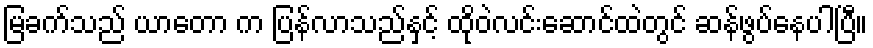
မြခက်သည် ယာတော က ပြန်လာသည်နှင့် ထိုဝဲလင်းဆောင်ထဲတွင် ဆန်ဖွပ်နေပါပြီ။